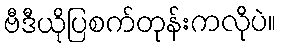
ဗီဒီယိုပြစက်တုန်းကလိုပဲ။